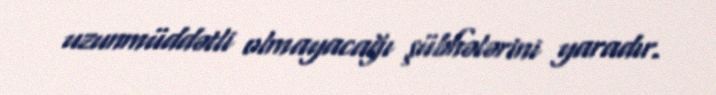
uzunmüddətli olmayacağı şübhələrini yaradır.